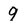
Character: 9